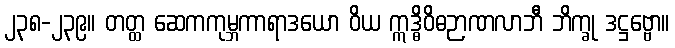
၂၃၈-၂၃၉။ တတ္ထ ဆေကကုမ္ဘကာရာဒယော ဝိယ ဣဒ္ဓိဝိဓဉာဏလာဘီ ဘိက္ခု ဒဋ္ဌဗ္ဗော။